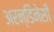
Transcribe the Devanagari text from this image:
अरन्डिनेसी